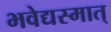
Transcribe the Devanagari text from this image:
भवेद्यस्मात्